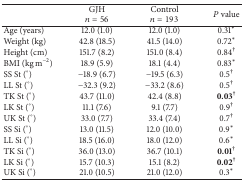
<table><thead><tr><td rowspan="2"><b> </b></td><td><b>GJH</b></td><td><b>Control</b></td><td rowspan="2"><b><i>P</i> value</b></td></tr><tr><td><b><i>n</i> = 56</b></td><td><b><i>n</i> = 193</b></td></tr></thead><tbody><tr><td>Age (years)</td><td>12.0 (1.0)</td><td>12.0 (1.0)</td><td>0.31<sup><i>∗</i></sup></td></tr><tr><td>Weight (kg)</td><td>42.8 (18.5)</td><td>41.5 (14.0)</td><td>0.72<sup><i>∗</i></sup></td></tr><tr><td>Height (cm)</td><td>151.7 (8.2)</td><td>151.0 (8.4)</td><td>0.84<sup>†</sup></td></tr><tr><td>BMI (kg m<sup>−2</sup>)</td><td>18.9 (5.9)</td><td>18.1 (4.4)</td><td>0.83<sup><i>∗</i></sup></td></tr><tr><td>SS St (°)</td><td>−18.9 (6.7)</td><td>−19.5 (6.3)</td><td>0.5<sup>†</sup></td></tr><tr><td>LL St (°)</td><td>−32.3 (9.2)</td><td>−33.2 (8.6)</td><td>0.5<sup>†</sup></td></tr><tr><td>TK St (°)</td><td>43.7 (11.0)</td><td>42.4 (8.8)</td><td><b>0.03</b><sup>†</sup></td></tr><tr><td>LK St (°)</td><td>11.1 (7.6)</td><td>9.1 (7.7)</td><td>0.9<sup>†</sup></td></tr><tr><td>UK St (°)</td><td>33.0 (7.7)</td><td>33.4 (7.4)</td><td>0.7<sup>†</sup></td></tr><tr><td>SS Si (°)</td><td>13.0 (11.5)</td><td>12.0 (10.0)</td><td>0.9<sup><i>∗</i></sup></td></tr><tr><td>LL Si (°)</td><td>18.5 (16.0)</td><td>18.0 (12.0)</td><td>0.6<sup><i>∗</i></sup></td></tr><tr><td>TK Si (°)</td><td>36.0 (13.0)</td><td>36.7 (10.1)</td><td><b>0.01</b><sup>†</sup></td></tr><tr><td>LK Si (°)</td><td>15.7 (10.3)</td><td>15.1 (8.2)</td><td><b>0.02</b><sup>†</sup></td></tr><tr><td>UK Si (°)</td><td>21.0 (10.5)</td><td>21.0 (12.0)</td><td>0.3<sup><i>∗</i></sup></td></tr></tbody></table>